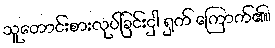
သူတောင်းစားလုပ်ခြင်းငှါ ရှက် ကြောက်၏။